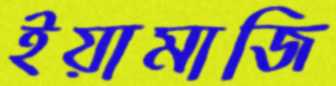
ইয়ামাজি